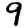
Digit: 9